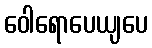
ဝေါရောပေယျပေ